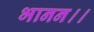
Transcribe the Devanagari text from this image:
भानन।।